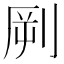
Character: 𱐝